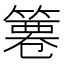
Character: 𥱺